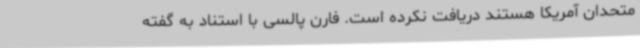
متحدان آمریکا هستند دریافت نکرده است. فارن پالسی با استناد به گفته